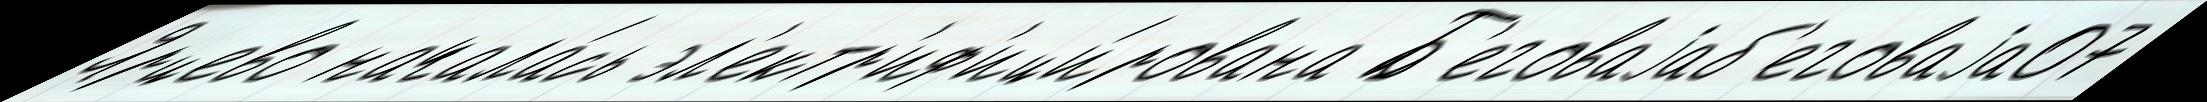
Ярцево начала́сь эл'ектр'иф'ици́рована Б'еговаjаб'еговаjа07